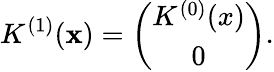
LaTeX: K^{(1)}(\mathbf{x})=\left(\begin{array}{c}{{K^{(0)}(x)}}\\ {{0}}\end{array}\right).